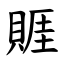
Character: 䝽